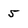
Character: 5